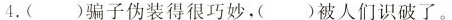
4.()骗子伪装得很巧妙，()被人们识破了。